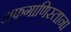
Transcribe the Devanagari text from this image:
अफगाणिस्ताना